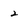
Character: 2